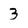
Character: 3